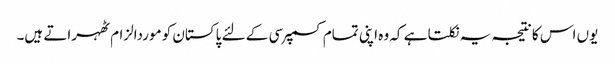
یوں اس کا نتیجہ یہ نکلتا ہے کہ وہ اپنی تمام کسمپرسی کے لئے پاکستان کو موردالزام ٹھہراتے ہیں۔